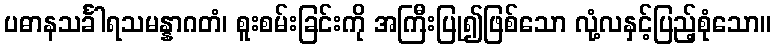
ပဓာနသင်္ခါရသမန္နာဂတံ၊ စူးစမ်းခြင်းကို အကြီးပြု၍ဖြစ်သော လုံ့လနှင့်ပြည့်စုံသော။